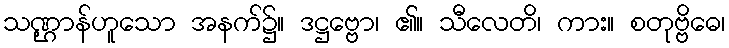
သဏ္ဌာန်ဟူသော အနက်၌။ ဒဋ္ဌဗ္ဗော၊ ၏။ သီလေတိ၊ ကား။ စတုဗ္ဗိဓေ၊